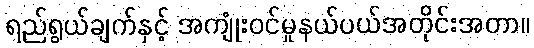
ရည်ရွယ်ချက်နှင့် အကျုံးဝင်မှုနယ်ပယ်အတိုင်းအတာ။